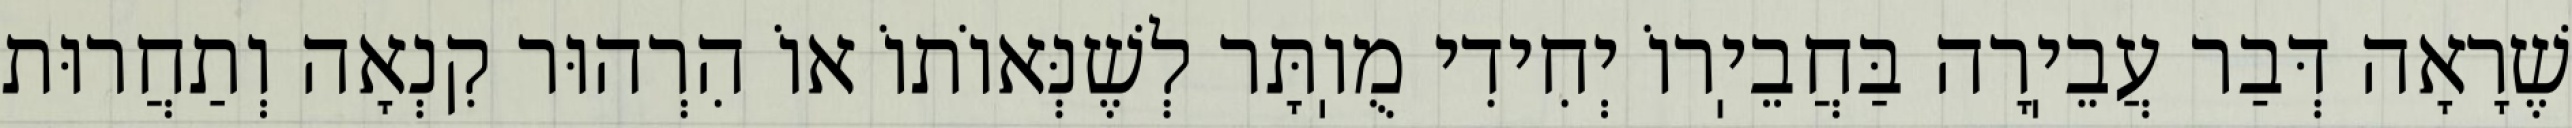
שֶׁרָאָה דְּבַר עֲבֵיֽרָה בַּחֲבֵיֽרוֹ יְחִידִי מֻוֽתָּר לְשֶׁנְּאוֹתוֹ אוֹ הִרְהוּר קִנְאָה וְתַחֲרוּת